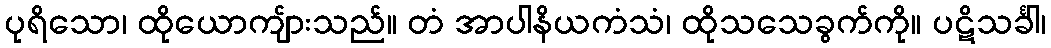
ပုရိသော၊ ထိုယောကျ်ားသည်။ တံ အာပါနိယကံသံ၊ ထိုသသေခွက်ကို။ ပဋိသင်္ခါ၊